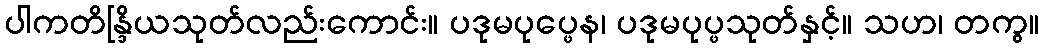
ပါကတိန္ဒြိယသုတ်လည်းကောင်း။ ပဒုမပုပ္ဖေန၊ ပဒုမပုပ္ဖသုတ်နှင့်။ သဟ၊ တကွ။